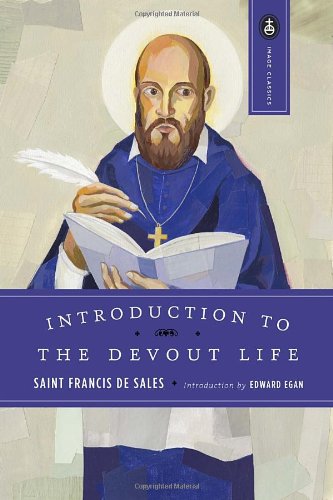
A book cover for Introduction to the Devout Life (Image Classics); Francis De Sales; Christian Books & Bibles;